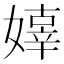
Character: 嫴